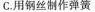
C.用钢丝制作弹簧